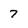
Character: 7